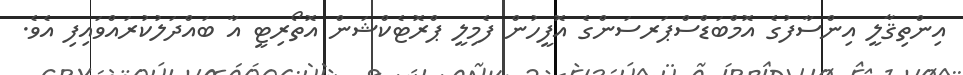
އިންތިޤާލީ އިންސާފުގެ އޮމްބަޑްސްޕަރސަންގެ އޮފީހުން ފެމިލީ ޕްރޮޓެކްޝަން އޮތޯރިޓީ އާ ބައްދަލުކުރައްވައިފި އެވެ.